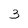
Character: 3